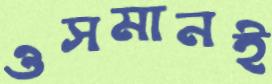
ওসমানই